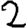
Digit: 2